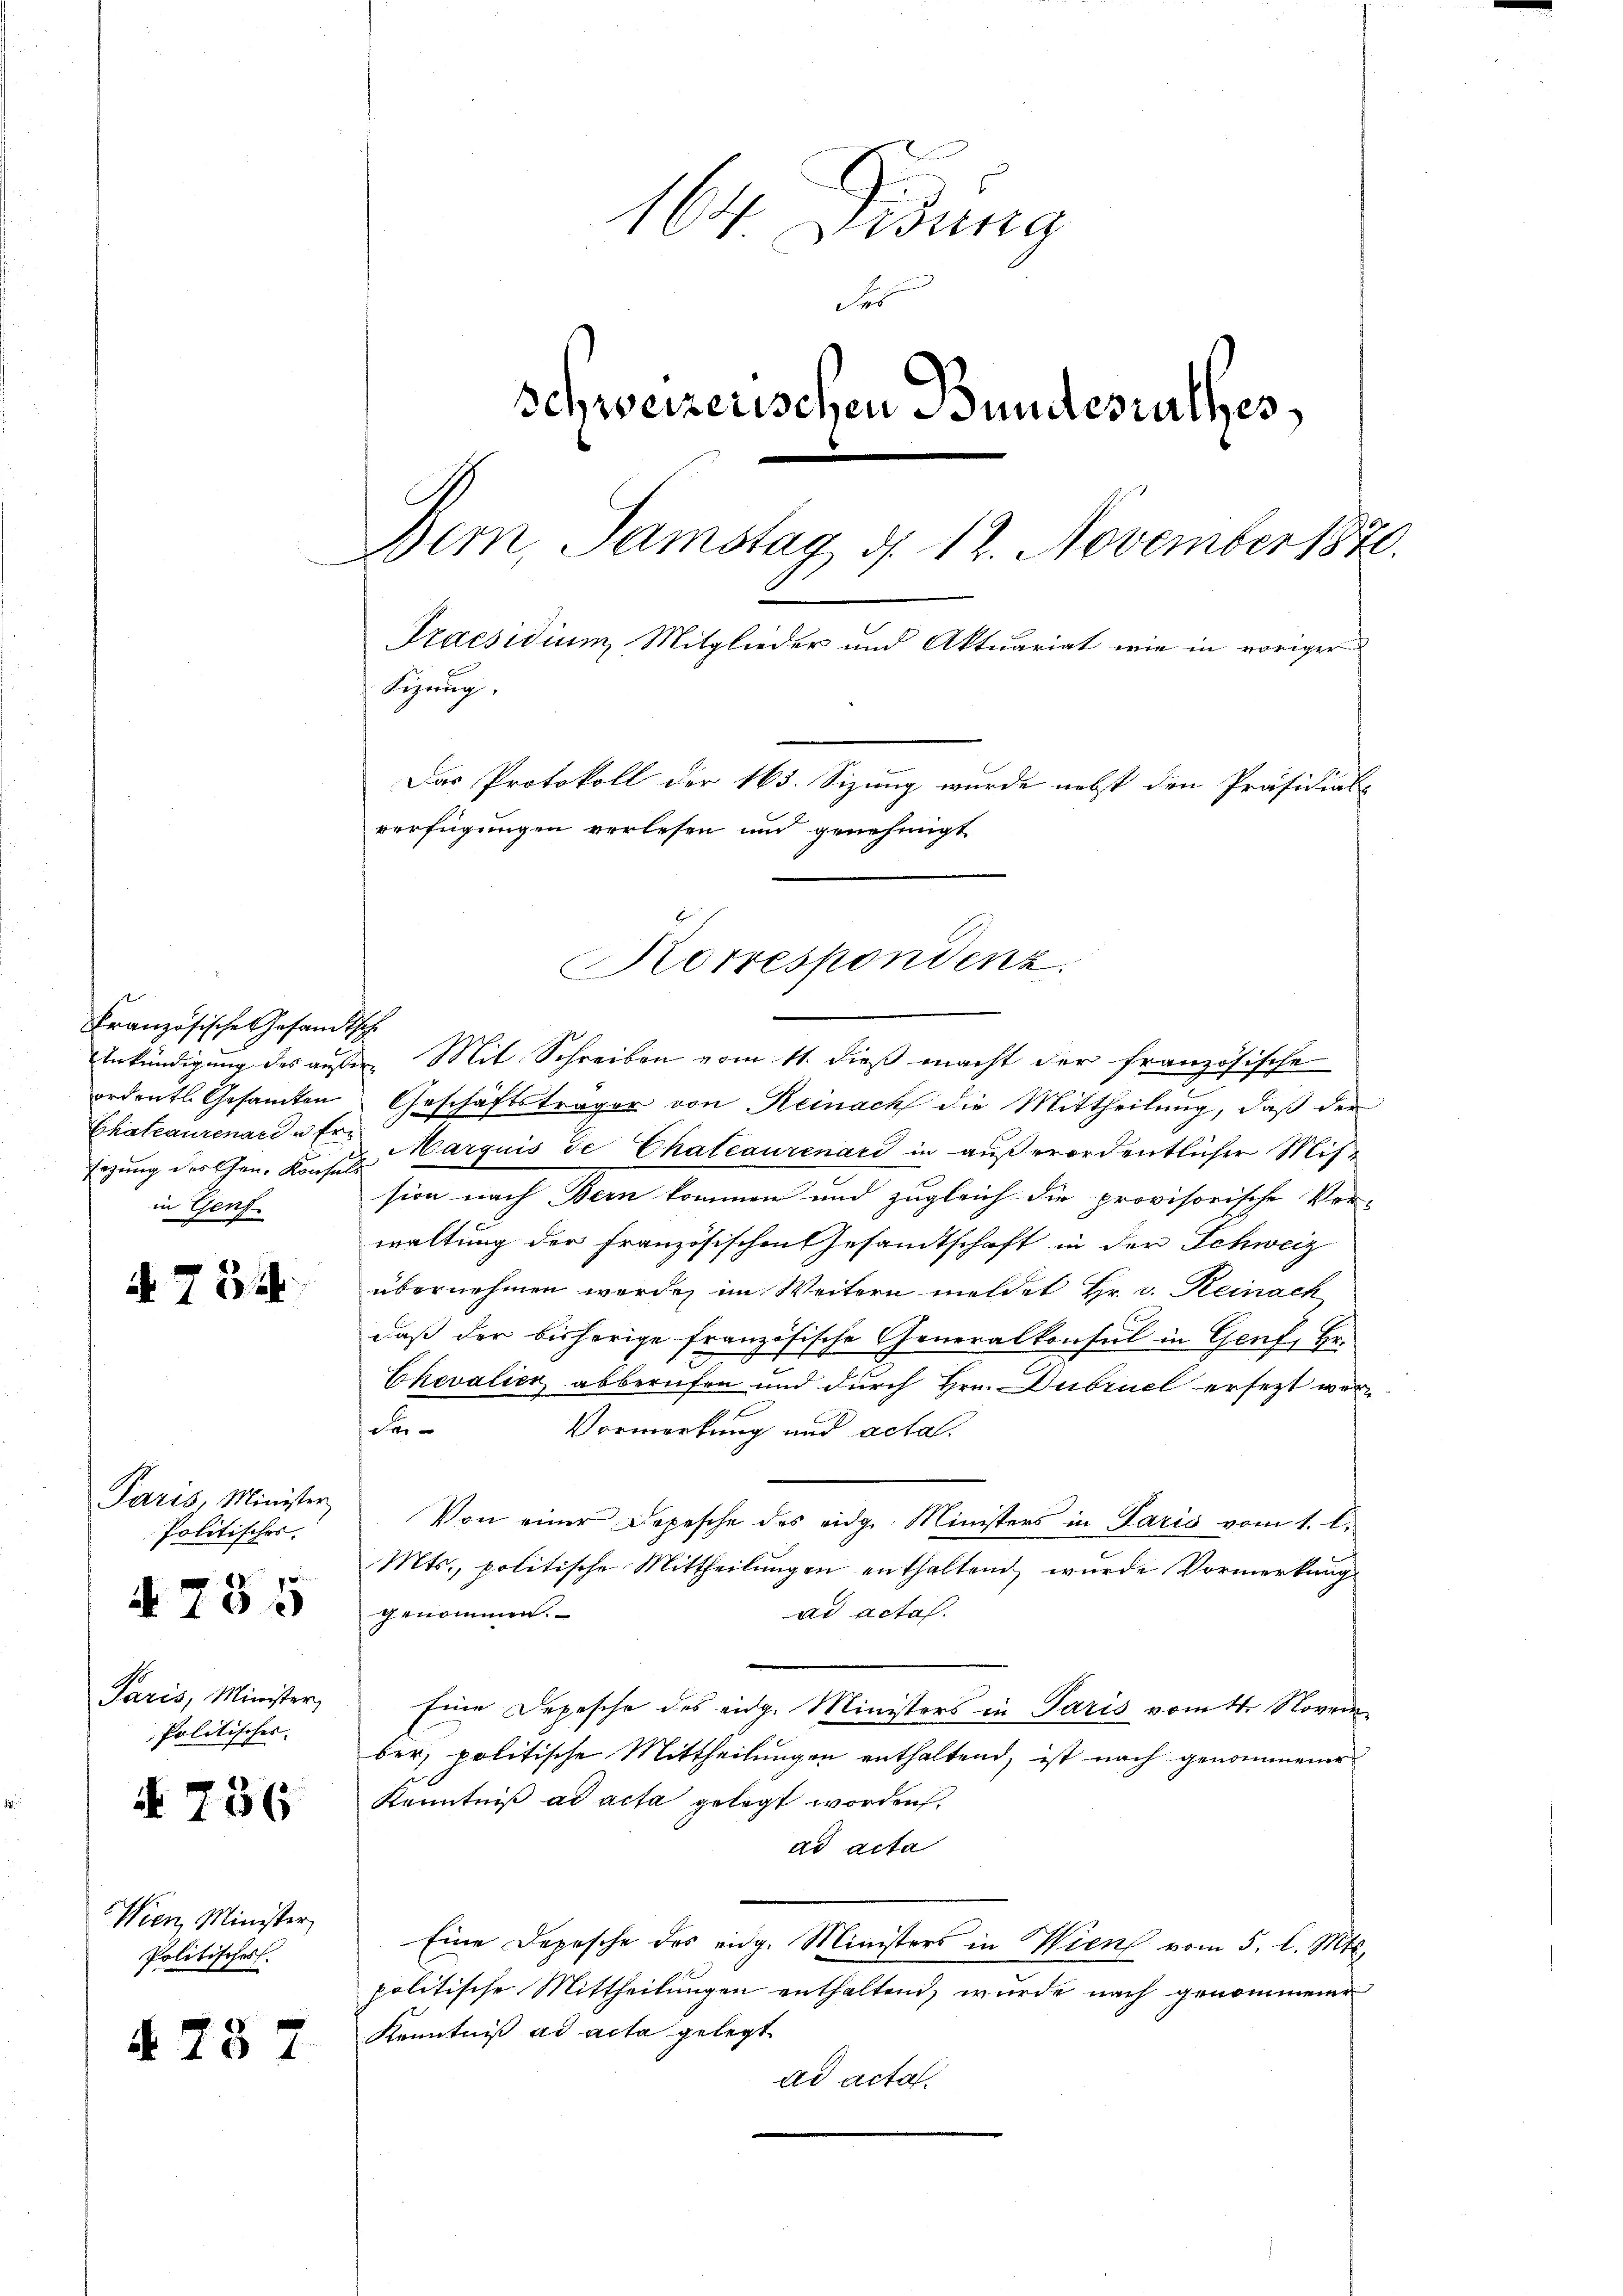
Französische Gesandtsche
ordentl. Gesamten
Chateaurenard u Ersagung des Chan. Konsuls
in Genf

A. 754.

Paris Minister
Politischer.

4785

Paris, Minister,
Politisches |

N 736

Wien, Minister,
Politisches.

§. 737

164 Didung
Fer
Schweizerischen Bundesrathes
Bem, Samstag d. 12. November 1870.
A.
Praesidium Mitglieder und Aktuariat wie in voriger
Sizung.
Das Protokoll der 165. Sizung wurde nebst den Präsidial-
verfügungen verlesen und genehmigt

Korrespondenz.

Ankündigung des außer Mit Schreiben vom 11. dieß macht der französische
Geschäftsträger von Reinach die Mittheilung, daß der
Marquis de Chateaurenard in außerordentlicher Mission nach Bern kommen und zugleich die provisorische Ver-
waltung der Französischen Gesandtschaft in der Schweiz
übernehmen werden im Weitern meldet Hr. v. Reinach
daß der bisherige französische Generalkonsul in Genf, Hr.
Chevalien abberufen und durch Hrn. Dubruck ersezt werder
Vormerkung und acta.
Von einer Depesche des eidg. Ministers in Paris vom 1. l.
Mts., politische Mittheilungen enthaltend wurde Vormerkung
genommen.
ad actat.
Eine Depesche des eidg. Ministers in Paris vom 4. Novem
ber, politische Mittheilungen enthaltend, ist nach genommener
Kenntniß ad acta gelegt worden.
ad acta
Eine Depesche des eidg. Ministers in Wien vom 5. l. Mts.
politische Mittheilungen enthaltend, wurde nach genommener
Kenntniß ad acta gelegt
ad acta.